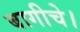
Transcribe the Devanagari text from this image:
बागीचे।